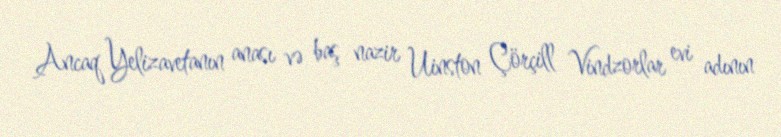
Ancaq Yelizavetanın anası və baş nazir Uinston Çörçill Vindzorlar evi adının